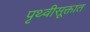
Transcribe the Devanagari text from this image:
पृथ्वीसूक्तात